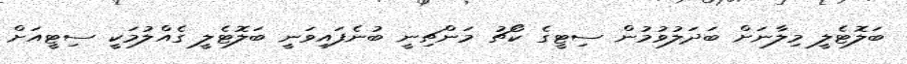
ބަލޮޓެލީ މިލާނަށް ބަދަލުވުމުން ސިޓީގެ ކޯޗު މަންޗިނީ ބުނެފައިވަނީ ބަލޮޓެލީ ގެއްލުމަކީ ސިޓީއަށް